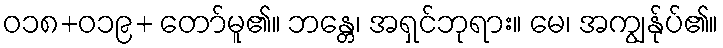
ဝ၁၈+ဝ၁၉+ တော်မူ၏။ ဘန္တေ၊ အရှင်ဘုရား။ မေ၊ အကျွန်ုပ်၏။